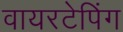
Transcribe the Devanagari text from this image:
वायरटेपिंग